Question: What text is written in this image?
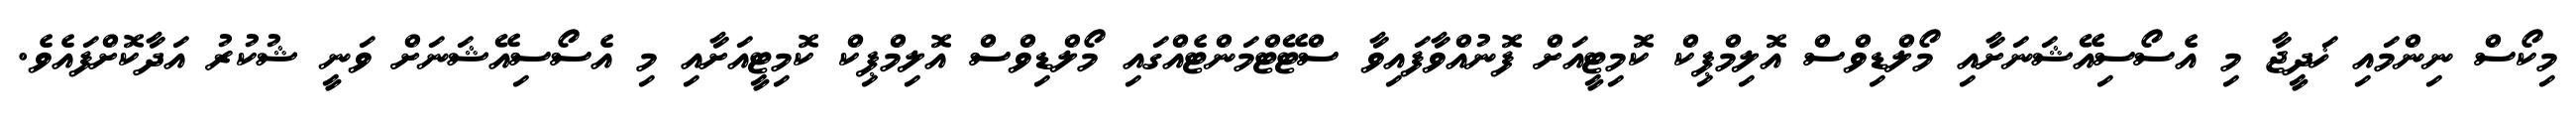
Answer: މިކޯސް ނިންމައި ޚަދީޖާ މި އެސޯސިއޭޝަނަށާއި މޯލްޑިވްސް އޮލިމްޕިކް ކޮމިޓީއަށް ފޮނުއްވާފައިވާ ސްޓޭޓްމަންޓެއްގައި މޯލްޑިވްސް އޮލިމްޕިކް ކޮމިޓީއަށާއި މި އެސޯސިއޭޝަނަށް ވަނީ ޝުކުރު އަދާކޮށްފައެވެ.